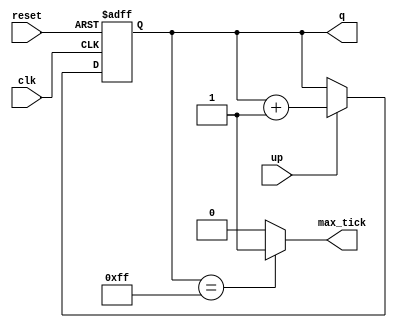
`timescale 1ns / 1ps
module counter
    #(parameter N=8)
    (
    input wire clk, reset,
    input wire up,
    output wire max_tick,
    output wire [N-1:0] q
    );
    
    reg [N-1:0] r_next, r_reg;
    
    //body
    // register and next state logic
    always @(posedge clk, posedge reset)
        if(reset)
            r_reg <= 0;
        else 
            r_reg <= r_next;
            
    // next state logic
    always@*
        if(up)
            r_next = r_reg +1;
        else
            r_next = r_reg;
            
    assign q = r_reg;
    assign max_tick = (r_reg == 2 **N-1) ? 1'b1: 1'b0;
    
endmodule